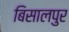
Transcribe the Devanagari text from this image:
बिसालपुर